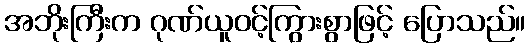
အဘိုးကြီးက ဂုဏ်ယူဝင့်ကြွားစွာဖြင့် ပြောသည်။